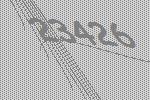
23426